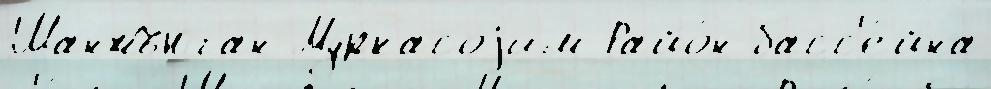
Шанжъюган Муркасоjим Райо́н басс'е́йна